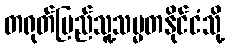
တရုတ်ပြည်သူ့သမ္မတနိုင်ငံသို့